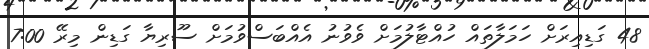
48 ގަޑިއިރަށް ހަމަލާތައް ހުއްޓާލުމަށް ވެވުނު އެއްބަސްވުމަށް ސޫރިޔާ ގަޑިން މިރޭ 7:00